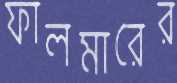
ফালমারের